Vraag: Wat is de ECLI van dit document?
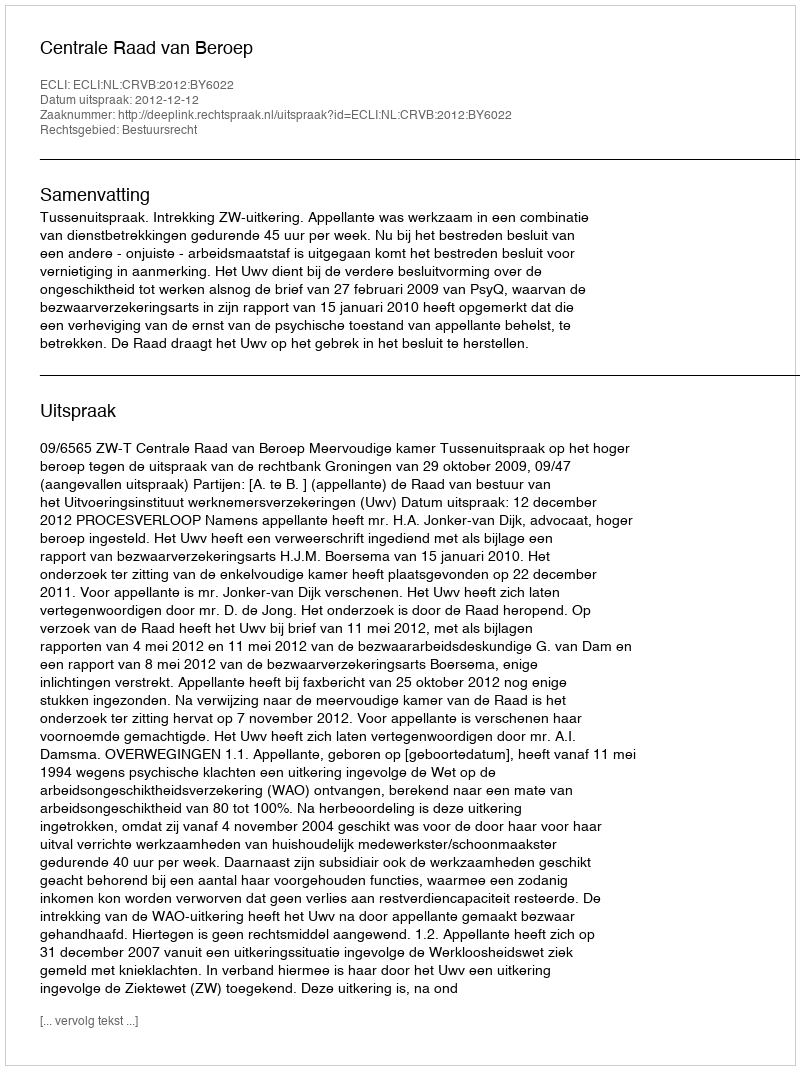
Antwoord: ECLI:NL:CRVB:2012:BY6022